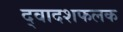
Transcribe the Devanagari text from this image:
द्वादशफलक